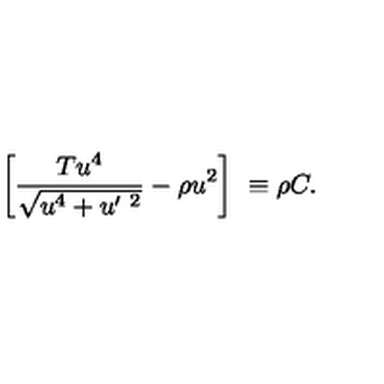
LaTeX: \left[ \frac { T u ^ { 4 } } { \sqrt { u ^ { 4 } + u ^ { \prime \ 2 } } } - \rho u ^ { 2 } \right] \ \equiv \rho C .